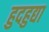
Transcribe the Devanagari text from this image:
हुदहुद्या